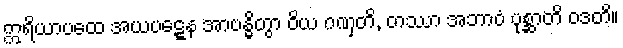
ဣရိယာပထေ အယပဋ္ဋေန အာဗန္ဓိတွာ ဝိယ ဂဏှတိ, တဿာ အဘာဝံ ပုစ္ဆာတိ ဝဒတိ။